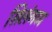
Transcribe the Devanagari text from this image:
सिलंगण